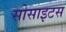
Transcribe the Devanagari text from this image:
सोसाइटस